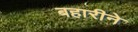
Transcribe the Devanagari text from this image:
बहारीने